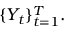
\{ { Y } _ { t } \} _ { t = 1 } ^ { T } .